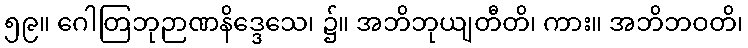
၅၉။ ဂေါတြဘုဉာဏနိဒ္ဒေသေ၊ ၌။ အဘိဘုယျတီတိ၊ ကား။ အဘိဘဝတိ၊